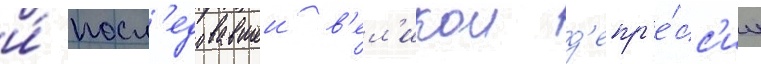
и́ посл'едовавшеи в'ел'икои д'епр'е́сс'ии